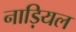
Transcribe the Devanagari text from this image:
नाड़ियल